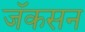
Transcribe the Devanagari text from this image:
जॅकसन